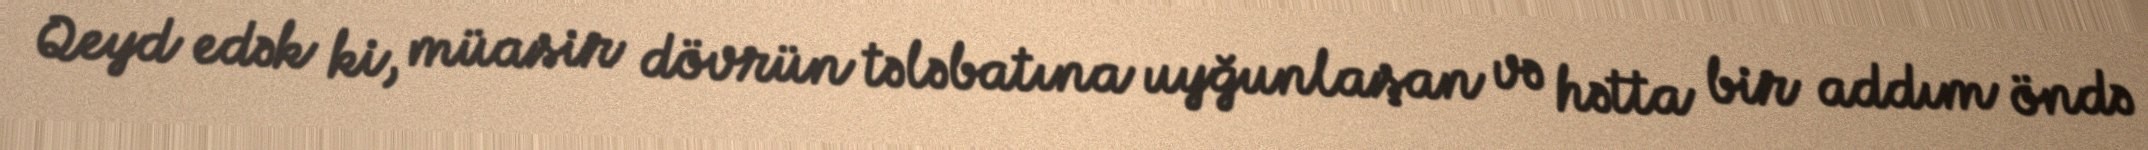
Qeyd edək ki, müasir dövrün tələbatına uyğunlaşan və hətta bir addım öndə